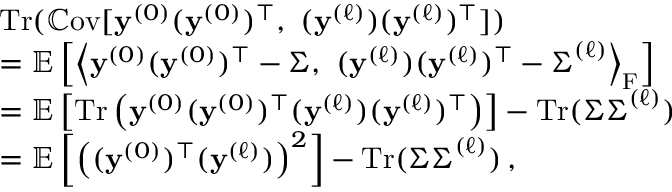
\begin{array} { r l } & { \mathrm { T r } ( \mathbb { C } \mathrm { o v } [ { \mathbf { y } } ^ { ( 0 ) } ( { \mathbf { y } } ^ { ( 0 ) } ) ^ { \top } , \ ( { \mathbf { y } } ^ { ( \ell ) } ) ( { \mathbf { y } } ^ { ( \ell ) } ) ^ { \top } ] ) } \\ & { = \mathbb { E } \left[ \left\langle { \mathbf { y } } ^ { ( 0 ) } ( { \mathbf { y } } ^ { ( 0 ) } ) ^ { \top } - { \boldsymbol { \Sigma } } , \ ( { \mathbf { y } } ^ { ( \ell ) } ) ( { \mathbf { y } } ^ { ( \ell ) } ) ^ { \top } - { \boldsymbol { \Sigma } } ^ { ( \ell ) } \right\rangle _ { \mathrm { F } } \right] } \\ & { = \mathbb { E } \left[ \mathrm { T r } \left( { \mathbf { y } } ^ { ( 0 ) } ( { \mathbf { y } } ^ { ( 0 ) } ) ^ { \top } ( { \mathbf { y } } ^ { ( \ell ) } ) ( { \mathbf { y } } ^ { ( \ell ) } ) ^ { \top } \right) \right] - \mathrm { T r } ( { \boldsymbol { \Sigma } } { \boldsymbol { \Sigma } } ^ { ( \ell ) } ) } \\ & { = \mathbb { E } \left[ \left( ( { \mathbf { y } } ^ { ( 0 ) } ) ^ { \top } ( { \mathbf { y } } ^ { ( \ell ) } ) \right) ^ { 2 } \right] - \mathrm { T r } ( { \boldsymbol { \Sigma } } { \boldsymbol { \Sigma } } ^ { ( \ell ) } ) \, , } \end{array}